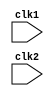
`timescale 1ns / 1ps
//////////////////////////////////////////////////////////////////////////////////
// Company: 
// Engineer: 
// 
// Design Name: 
// Module Name: pipe_MIPS32
// Project Name: 
// Target Devices: 
// Tool Versions: 
// Description: 
// 
// Dependencies: 
// 
// Revision:
// Revision 0.01 - File Created
// Additional Comments:
// 
//////////////////////////////////////////////////////////////////////////////////
/*
Register type instr
31   26 25    21 20    16 15    11 10      6 5     0
opcode     rs       rt       rd    shift amt   funct 
                                   {----not used---}
                                   
Immediate type instr
31   26 25    21 20    16 15        0
opcode     rs       rt       imm data                             

reg 0 = 0 always
*/



module pipe_MIPS32(
clk1, clk2
    );
input clk1, clk2; //2 phase clk

reg [31:0] PC, IF_ID_IR, IF_ID_NPC;
reg [31:0] ID_EX_IR, ID_EX_NPC, ID_EX_A, ID_EX_B, ID_EX_Imm;
reg [2:0] ID_EX_type, EX_MEM_type, MEM_WB_type;
reg [31:0] EX_MEM_IR, EX_MEM_ALUout, EX_MEM_B;
reg EX_MEM_cond;
reg [31:0] MEM_WB_IR, MEM_WB_ALUout, MEM_WB_LMD;

reg [31:0] reg_bank [0:31];
reg [31:0] mem [0:1023]; //1024 x 32 mem

//instr set opcode

//R-type instr
parameter ADD = 6'b000000;
parameter SUB = 6'b000001;
parameter AND = 6'b000010;
parameter OR = 6'b000011;
parameter SLT = 6'b000100;
parameter MUL = 6'b000101;
parameter HLT = 6'b111111;

//I-type instr
parameter LW = 6'b001000;
parameter SW = 6'b001001;
parameter ADDI = 6'b001010;
parameter SUBI = 6'b001011;
parameter SLTI = 6'b001100;
parameter BNEQZ = 6'b001101;
parameter BEQZ = 6'b001110;

//type of instr
parameter RR_ALU = 3'b000;
parameter RM_ALU = 3'b001; //instrs with immediate data 
parameter LOAD = 3'b010;
parameter STORE = 3'b011;
parameter BRANCH = 3'b100;
parameter HALT = 3'b101;

reg HALTED; //set after HLT instr is completed(in WB) stage) so that writing of next instrs will be disabled
reg TAKEN_BRANCH; //required to disable write operations of instr just after branch till desired destinatn addr

always@(posedge clk1)   //IF stage
begin
    if(HALTED==0)
    begin
        if( ((EX_MEM_IR[31:26]==BEQZ) && (EX_MEM_cond==1)) || ((EX_MEM_IR[31:26]==BNEQZ) && (EX_MEM_cond==0)) )
        begin
            IF_ID_IR <= #2 mem[EX_MEM_ALUout];
            TAKEN_BRANCH <= #2 1'b1;
            IF_ID_NPC <= #2 EX_MEM_ALUout + 1;
            PC <= #2 EX_MEM_ALUout + 1;
        end
        else
        begin
            IF_ID_IR <= #2 mem[PC];
            IF_ID_NPC <= #2 PC + 1;
            PC <= #2 PC + 1;
        end 
    end
end

always@(posedge clk2)  //ID stage
begin  
    if(HALTED==0)
    begin
        TAKEN_BRANCH <= #2 0;
        
        if(IF_ID_IR[25:21] == 5'b00000) //rs
            ID_EX_A <= 0;               //reg 0
        else
            ID_EX_A <= #2 reg_bank[IF_ID_IR[25:21]]; 
        if(IF_ID_IR[20:16] == 5'b00000) //rt
            ID_EX_B <= 0;               //reg 0
        else
            ID_EX_B <= #2 reg_bank[IF_ID_IR[20:16]]; 
            
        ID_EX_NPC <= #2 IF_ID_NPC;
        ID_EX_IR <= #2 IF_ID_IR;
        ID_EX_Imm <= #2 {{16{IF_ID_IR[15]}}, {IF_ID_IR[15:0]}};
        
        case(IF_ID_IR[31:26])
            ADD, SUB, AND, OR, SLT, MUL : ID_EX_type <= #2 RR_ALU;
            ADDI, SUBI, SLTI : ID_EX_type <= #2 RM_ALU;
            LW : ID_EX_type <= #2 LOAD;
            SW : ID_EX_type <= #2 STORE;
            BNEQZ, BEQZ : ID_EX_type <= #2 BRANCH;
            HLT : ID_EX_type <= #2 HALT;
            default : ID_EX_type <= #2 HALT;
        endcase
    end
end
        
always@(posedge clk1) //EX stage
begin
    if(HALTED==0)   
    begin
        EX_MEM_type <= #2 ID_EX_type;
        EX_MEM_IR <= #2 ID_EX_IR;
        
        
        case(ID_EX_type)
            RR_ALU : begin
                        case(ID_EX_IR[31:26]) //opcode
                            ADD : EX_MEM_ALUout <= #2 ID_EX_A + ID_EX_B;
                            SUB : EX_MEM_ALUout <= #2 ID_EX_A - ID_EX_B;
                            AND : EX_MEM_ALUout <= #2 ID_EX_A & ID_EX_B;
                            OR : EX_MEM_ALUout <= #2 ID_EX_A | ID_EX_B;
                            SLT : EX_MEM_ALUout <= #2 ID_EX_A < ID_EX_B;
                            MUL : EX_MEM_ALUout <= #2 ID_EX_A * ID_EX_B;
                            default : EX_MEM_ALUout <= #2 32'hxxxxxxxx;
                         endcase                        
                     end
            RM_ALU : begin
                        case(ID_EX_IR[31:26])
                            ADDI : EX_MEM_ALUout <= #2 ID_EX_A + ID_EX_Imm;
                            SUBI : EX_MEM_ALUout <= #2 ID_EX_A - ID_EX_Imm;
                            SLTI : EX_MEM_ALUout <= #2 ID_EX_A < ID_EX_Imm;
                            default : EX_MEM_ALUout <= #2 32'hxxxxxxxx;
                        endcase
                     end
            LOAD, STORE : 
                     begin
                        EX_MEM_ALUout <= #2 ID_EX_A + ID_EX_Imm;
                        EX_MEM_B <= #2 ID_EX_B;
                     end
            BRANCH : begin
                        EX_MEM_ALUout <= #2 ID_EX_NPC + ID_EX_Imm;
                        EX_MEM_cond <= #2 (ID_EX_A==0);
                     end
        endcase                
    end
end

always@(posedge clk2) //mem stage
begin
    if(HALTED==0)
    begin
        MEM_WB_type <= #2 EX_MEM_type;
        MEM_WB_IR <= #2 EX_MEM_IR;
        
        case(EX_MEM_type)
            RR_ALU, RM_ALU : 
                    begin
                        MEM_WB_ALUout <= #2 EX_MEM_ALUout;
                    end
            LOAD : begin
                       MEM_WB_LMD <= #2 mem[EX_MEM_ALUout];
                   end
            STORE : begin
                    if(TAKEN_BRANCH==0)
                        mem[EX_MEM_ALUout] <= #2 EX_MEM_B;
                    end
         endcase
    end
end 

always@(posedge clk1) //WB stage
begin
    if(TAKEN_BRANCH==0)
    begin
        case(MEM_WB_type)
            RR_ALU : reg_bank[MEM_WB_IR[15:11]] <= #2 MEM_WB_ALUout; //rd
            RM_ALU : reg_bank[MEM_WB_IR[20:16]] <= #2 MEM_WB_ALUout; //rt
            LOAD : reg_bank[MEM_WB_IR[20:16]] <= #2 MEM_WB_LMD; //rt
            HALT : HALTED <= #2 1'b1;
        endcase
    end
end

endmodule